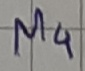
Text: M4